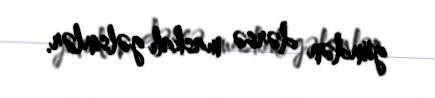
gündən dərsə maskalı gəlsinlər.